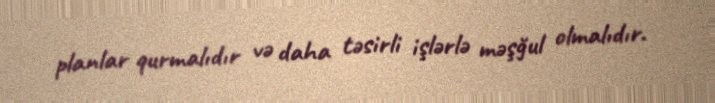
planlar qurmalıdır və daha təsirli işlərlə məşğul olmalıdır.